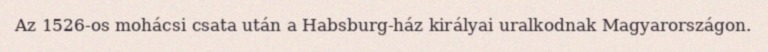
Az 1526-os mohácsi csata után a Habsburg-ház királyai uralkodnak Magyarországon.